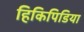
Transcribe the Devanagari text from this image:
हिकिपिडिया